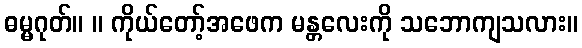
ဓမ္မဂုတ်။ ။ ကိုယ်တော့်အဖေက မန္တလေးကို သဘောကျသလား။